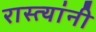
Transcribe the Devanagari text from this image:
रास्त्यांनी